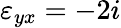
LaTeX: \varepsilon_{yx}=-2i